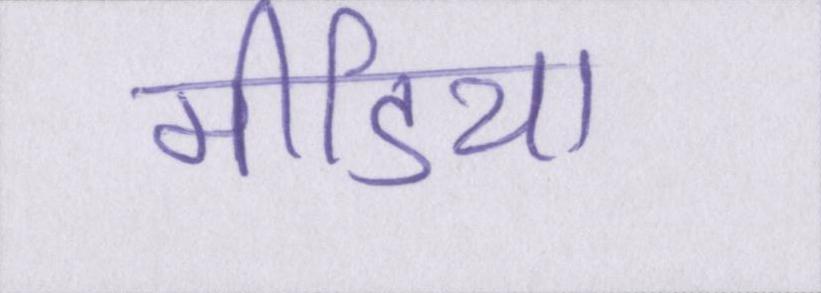
मीडिया